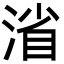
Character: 渻